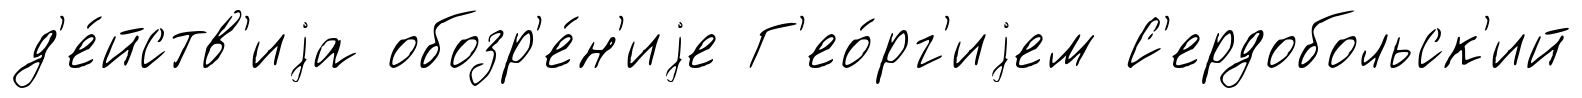
д'е́йств'иjа обозр'е́н'иjе Г'ео́рг'иjем С'ердобольск'ий